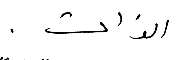
الذات,